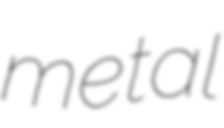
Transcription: metal